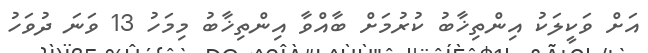
އަށް ވަކީލަކު އިންތިޚާބު ކުރުމަށް ބާއްވާ އިންތިޚާބު މިމަހު 13 ވަނަ ދުވަހު